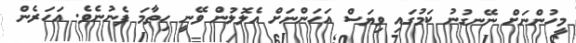
މީހުންނަށް ނޭނގުނު ކަމުގައި ވިޔަސް އަހަންނަށް އެލޮލުން ވޭނީ ހިތާމަ ފެނުނެވެ. އަހަރެން